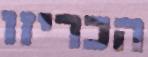
הכריזו